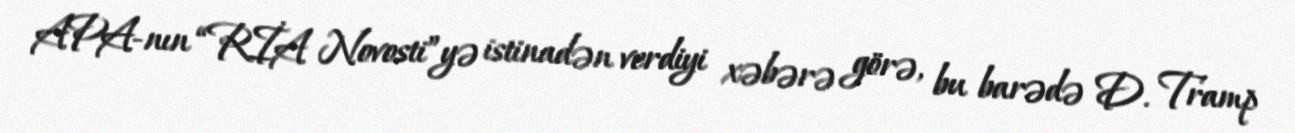
APA-nın “RİA Novosti”yə istinadən verdiyi xəbərə görə, bu barədə D. Tramp